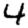
Digit: 4